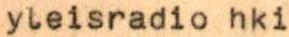
yleisradio hki